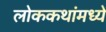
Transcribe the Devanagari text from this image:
लोककथांमध्ये